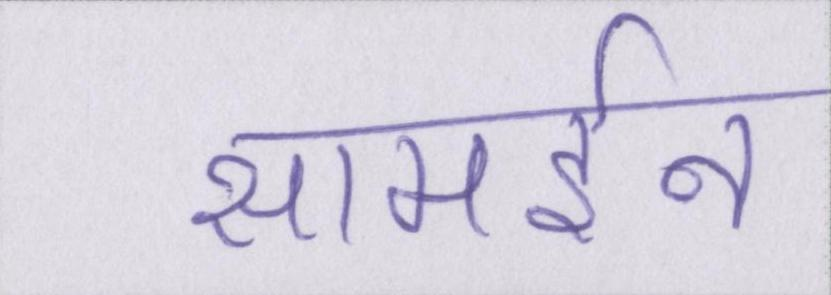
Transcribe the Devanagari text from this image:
सामईन